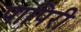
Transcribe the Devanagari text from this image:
पापिरी